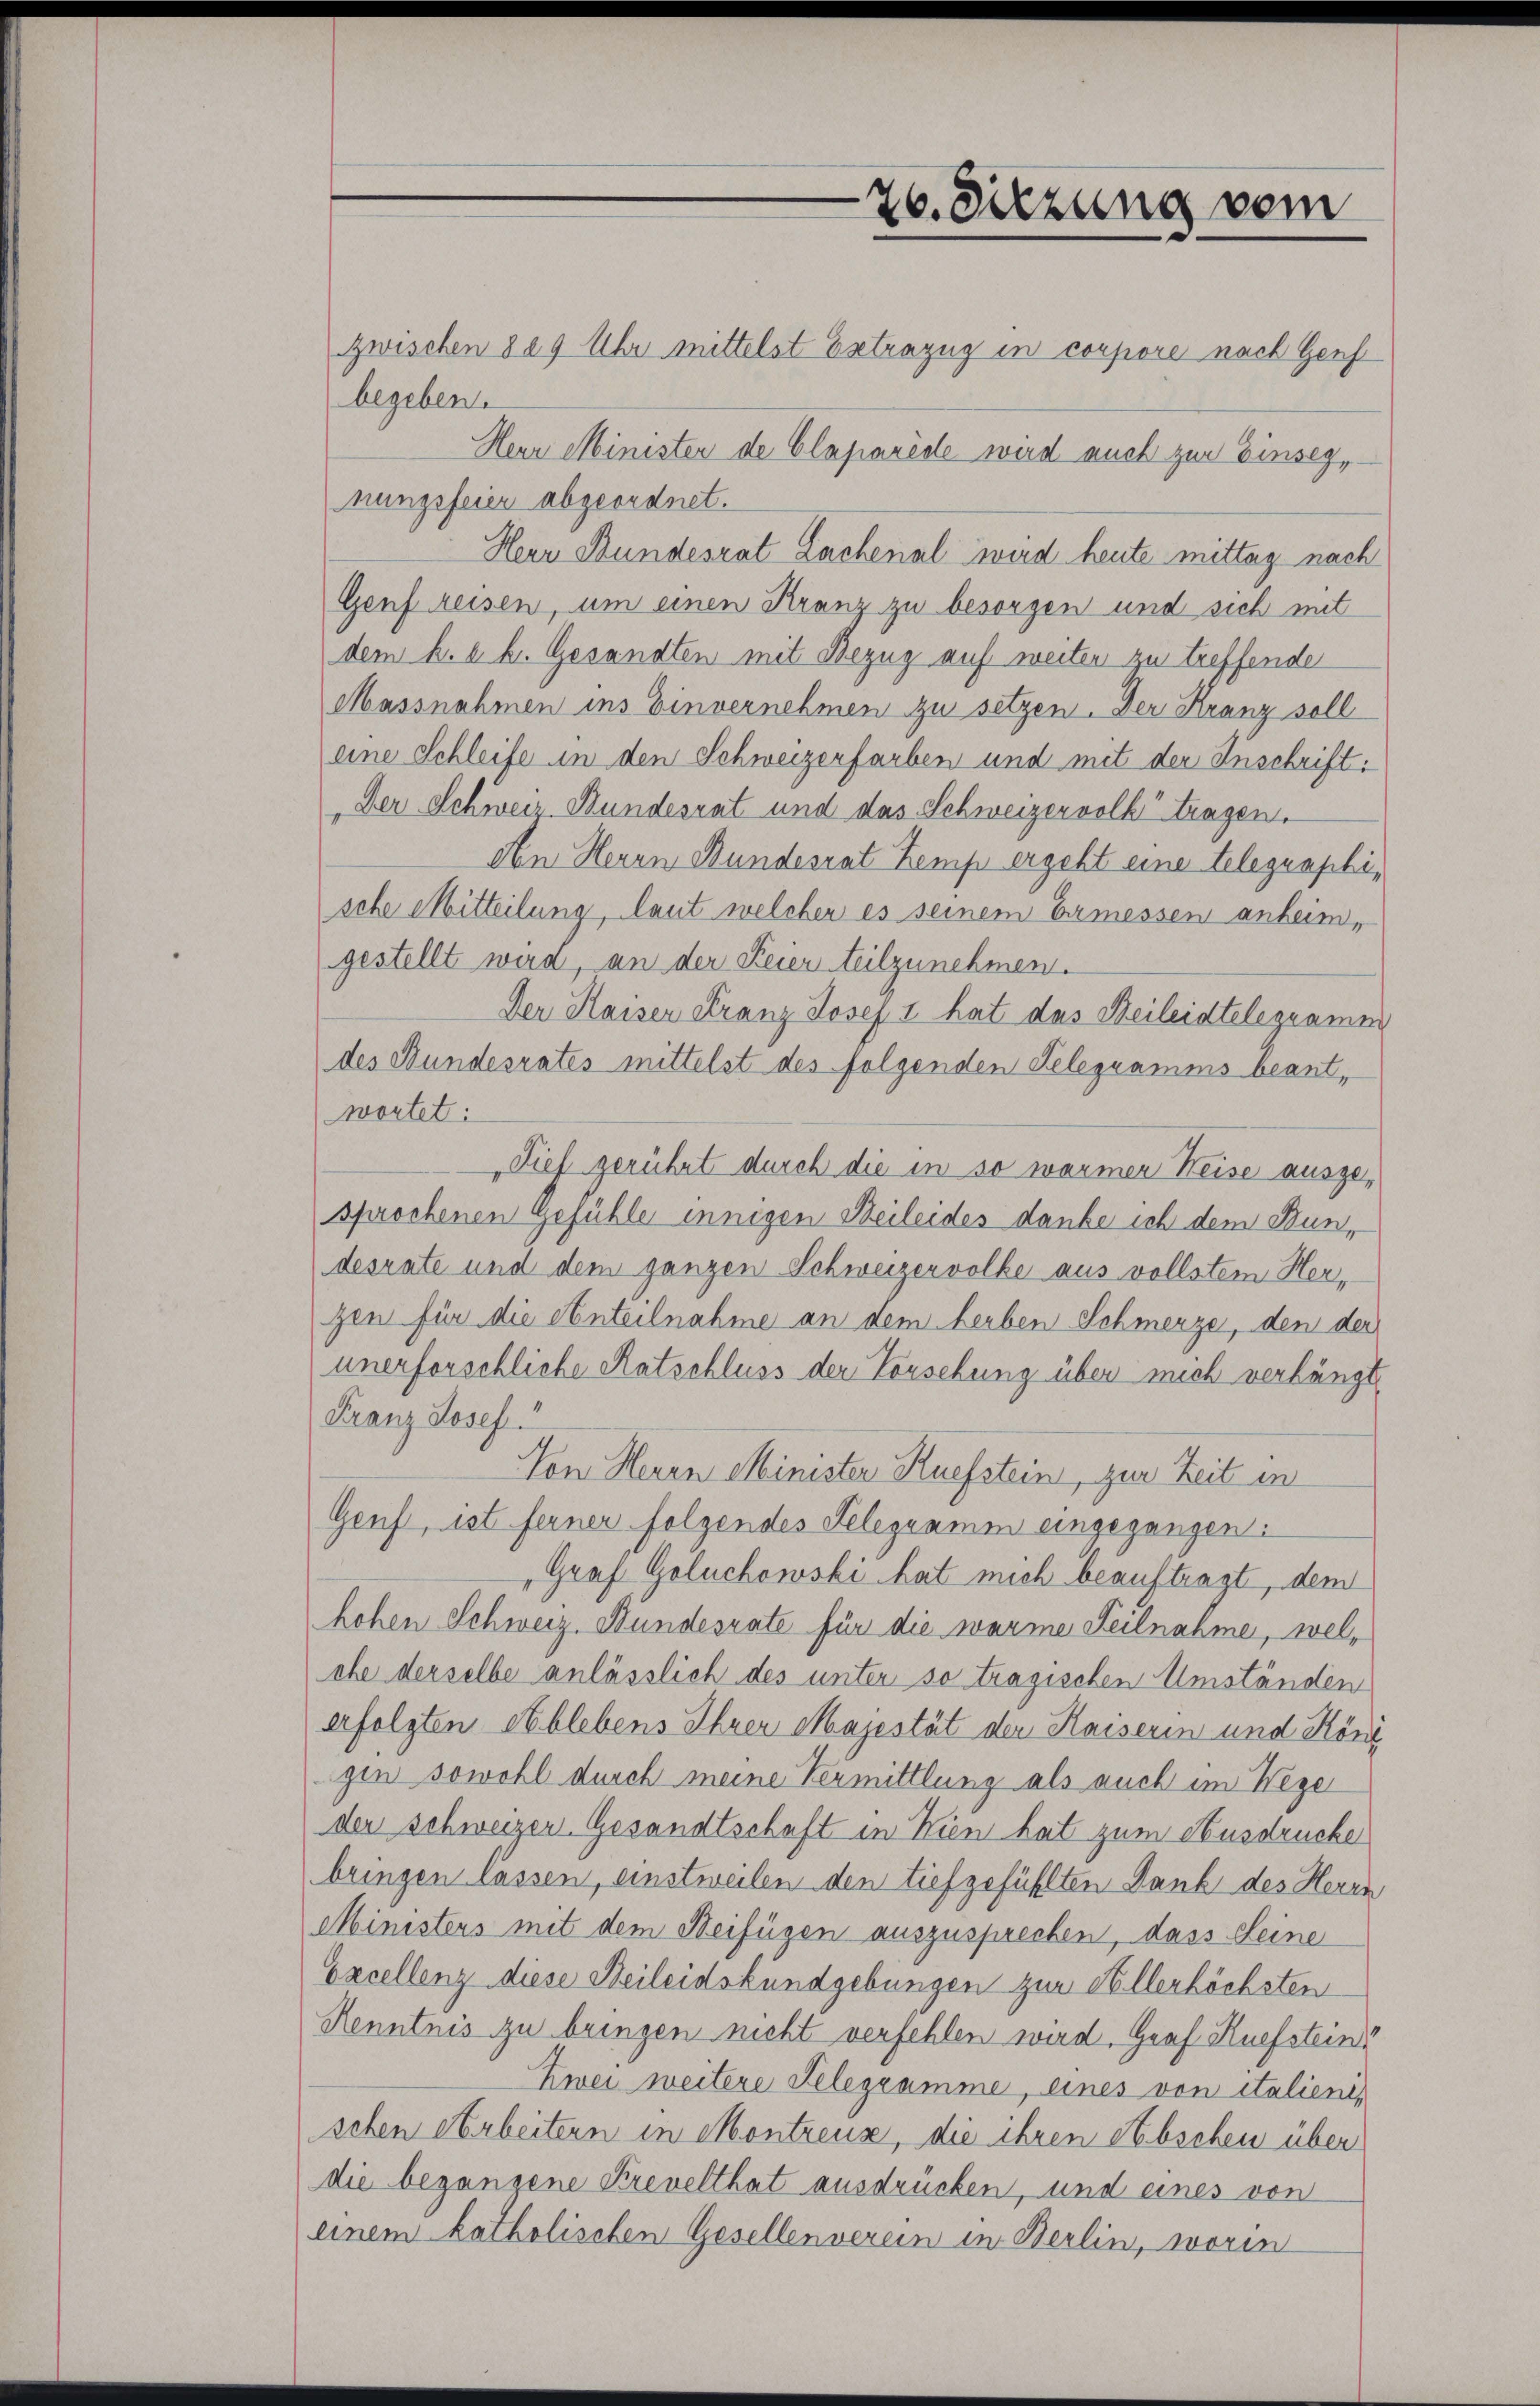
zwischen 829 Uhr mittelst Extrazug in corpore nach Genf
begeben.
Heur Minister de Claparède wird auch zur Einses,
nungsfeier abgeordnet.
Herr Bundesrat Lachenal wird heute mittag nach
Genf reisen, um einen Kranz zu besorgen und sich mit
dem k. k. k. Gesandten mit Bezug auf weiten zu treffende
Massnahmen ins Einvernehmen zu setzen. Der Kranz soll
eine Schleife in den Schweizerfarben und mit der Inschrift:
Der Schweiz Bundesrat und das Schweizervolk tragen.
An Herrn Bundesrat Zemp ergeht eine telegraphische Mitteilung, laut welcher es seinem Ermessen anheim,
gestellt wird, an der Feier teilzunehmen.
Der Kaisen Franz Josef I. hat das Beileidtelegramm
des Bundesrates mittelst des folgenden Telegramms beantwortet:
Fief gerührt durch die in so wärmer Weise auszusprochenen Gefühler innigen Beileides danke ich dem Bundesrate und dem ganzen Schweizervolke aus vollstem Herzen für die Anteilnahme an dem herben Schmerze, den der
unerforschliche Ratschluss der Vorsehung über mich verhängt,
Franz Josef
Von Heren Minister Ruefstein, zur Zeit in
Genf, ist ferner folgendes Telegramm eingegangen:
Graf Goluchowski hat mich beauftragt, dem
hohen Schweiz. Bundesrate für die warme Teilnahme, welehe derselbe anlässlich des unter so tragischen Umständen
erfolgten Ablebens Ihrer Majestät der Kaiserin und Köni
gen sowohl durch meine Vermittlung als auch im Wege
der schweizer Gesandtschaft in Kien hat zum Ausdrucke
bungen lassen, einstweilen den tiefgefühlten Dank des Herrn
Ministers mit dem Beifügen auszusprechen, dass seine
Excellenz diese Beileidskundgebungen zur Allerhöchsten
Kenntnis zu bringen nicht verfehlen wird, Graf Ruefstein
Zwei weitere Telegramme, eines von italieni,
schen Arbeitern in Montreus, die ihren Abschen über
die begangene Krevelthat ausdrücken, und eines von
einem katholischen Gesellenverein in Berlin, worin

20. Sitzung vom